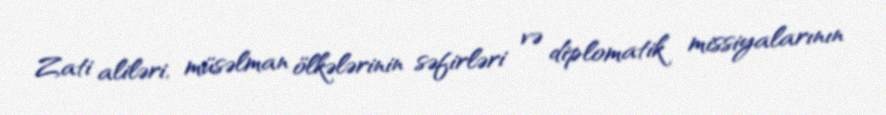
Zati aliləri, müsəlman ölkələrinin səfirləri və diplomatik missiyalarının